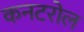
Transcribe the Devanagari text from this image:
कनटरोल